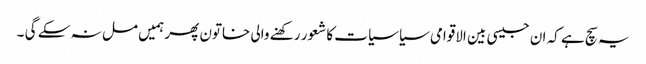
یہ سچ ہے کہ ان جیسی بین الاقوامی سیاسیات کا شعور رکھنے والی خاتون پھر ہمیں مل نہ سکے گی ۔